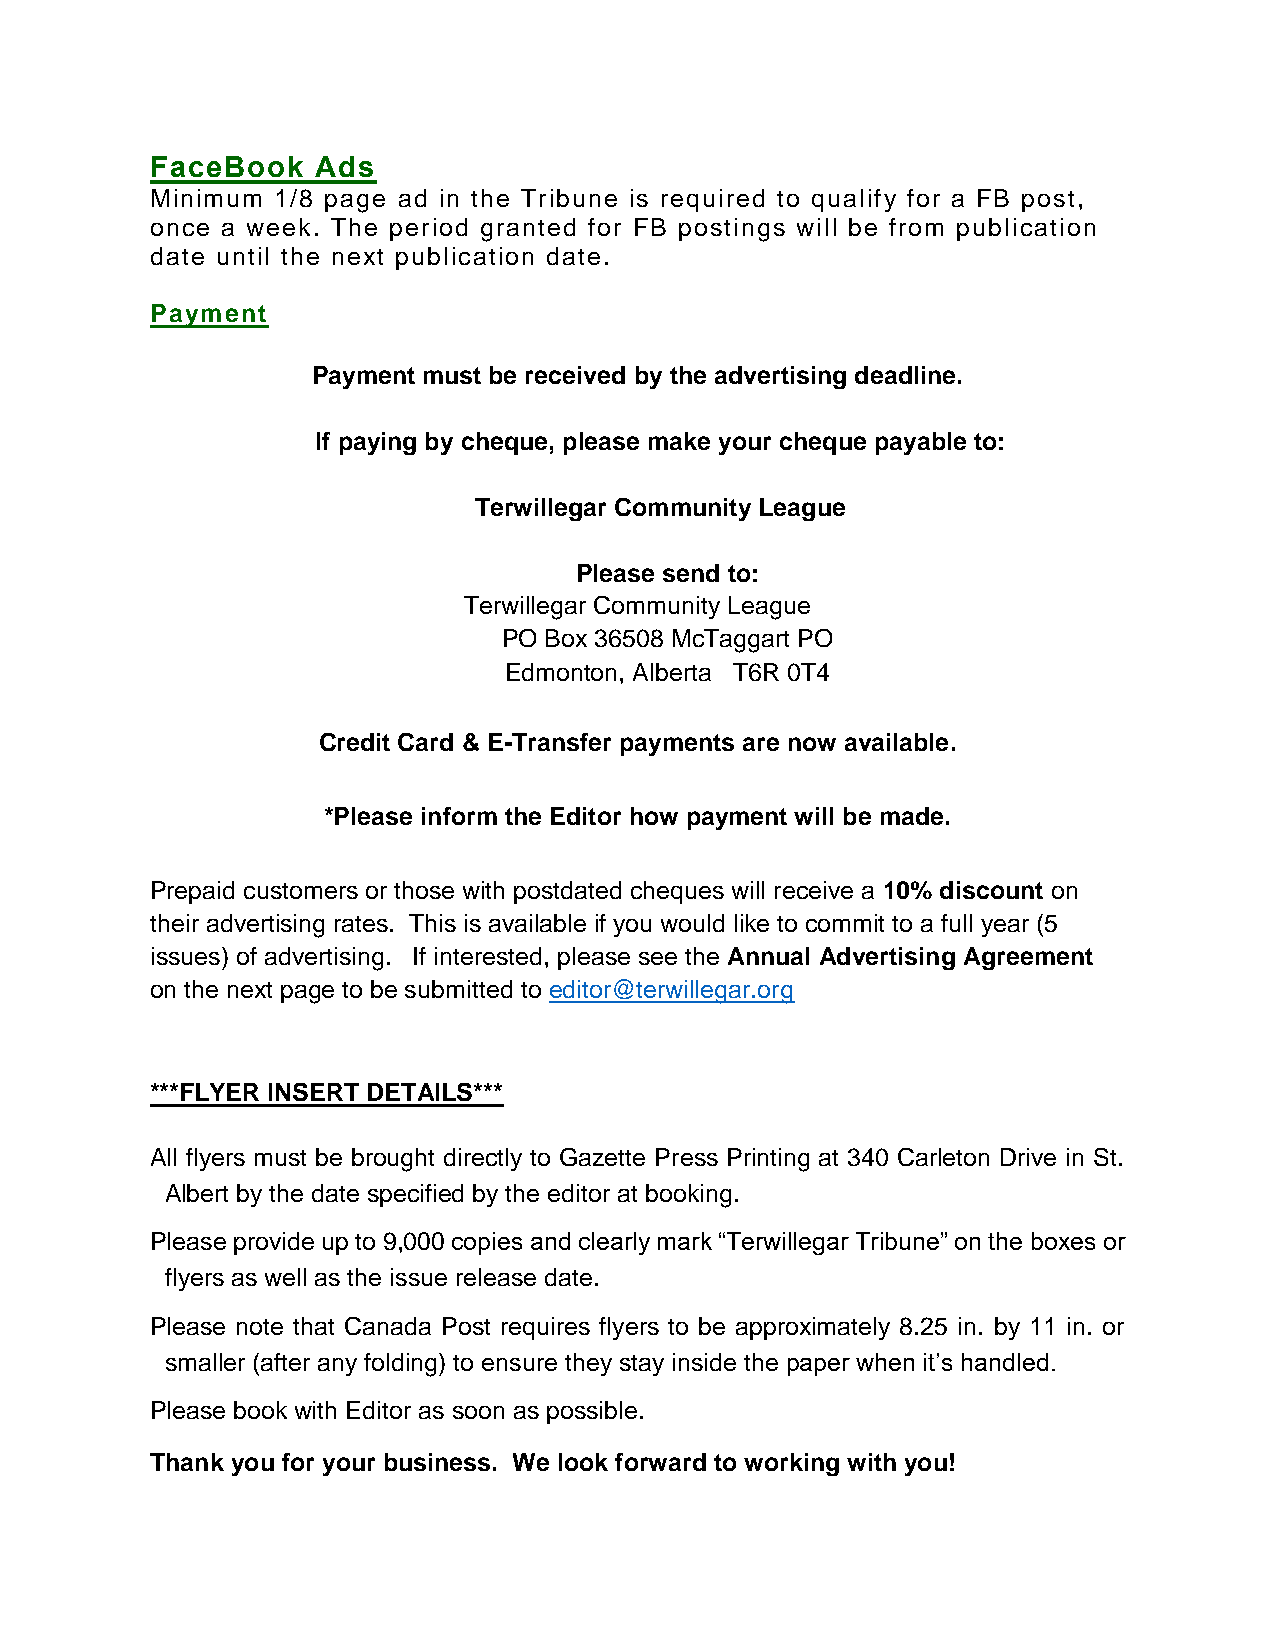
FaceBook   Ads
 Minimum 1/8 page ad in the Tribune is required to qualify for a FB post,
 once a week. The period granted for FB postings will be from publication
 date until the next publication date.
 Payment
 Payment must be received by the advertising deadline.
 If paying by cheque, please make your cheque payable to:
 Terwillegar Community League
 Please send to:
 Terwillegar Community League
 PO Box 36508 McTaggart PO
 Edmonton, Alberta T6R 0T4
 Credit Card & E-Transfer payments are now available.
 *Please inform the Editor how payment will be made.
 Prepaid customers or those with postdated cheques will receive a 10% discount on
 their advertising rates. This is available if you would like to commit to a full year (5
 issues) of advertising. If interested, please see the Annual Advertising Agreement
 on the next page to be submitted to editor@terwillegar.org
 ***FLYER INSERT DETAILS***
 All flyers must be brought directly to Gazette Press Printing at 340 Carleton Drive in St.
 Albert by the date specified by the editor at booking.
 Please provide up to 9,000 copies and clearly mark “Terwillegar Tribune” on the boxes or
 flyers as well as the issue release date.
 Please note that Canada Post requires flyers to be approximately 8.25 in. by 11 in. or
 smaller (after any folding) to ensure they stay inside the paper when it’s handled.
 Please book with Editor as soon as possible.
 Thank you for your business. We look forward to working with you!